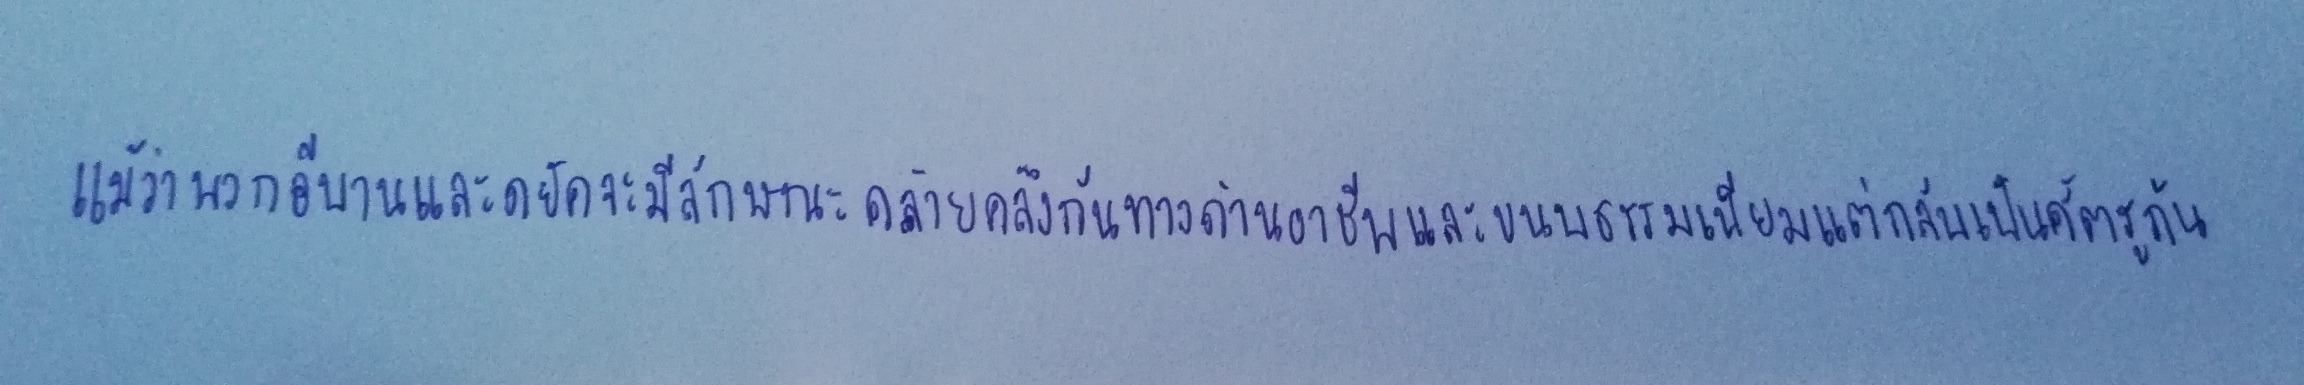
แม้ว่าพวกอีบานและดยัคจะมีลักษณะคล้ายคลึงกันทางด้านอาชีพและขนบธรรมเนียมแต่กลับเป็นศัตรูกัน